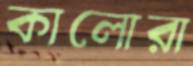
কালোরা